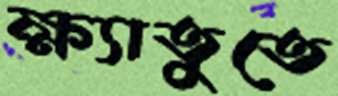
ক্ষ্যাতুতে